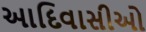
આદિવાસીઓ